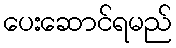
ပေးဆောင်ရမည်